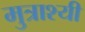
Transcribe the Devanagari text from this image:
मुत्राश्यी